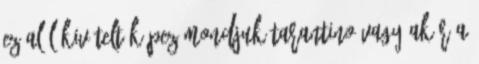
Ez alól kivételt képez mondjuk Tarantino vagy akár a